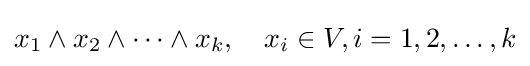
x_{1}\wedge x_{2}\wedge \cdots \wedge x_{k},\quad x_{i}\in V,i=1,2,\dots ,k